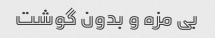
بی مزه و بدون گوشت